Lunatic asylums Burma 1907-21 - 1907-1921
Year: 1907
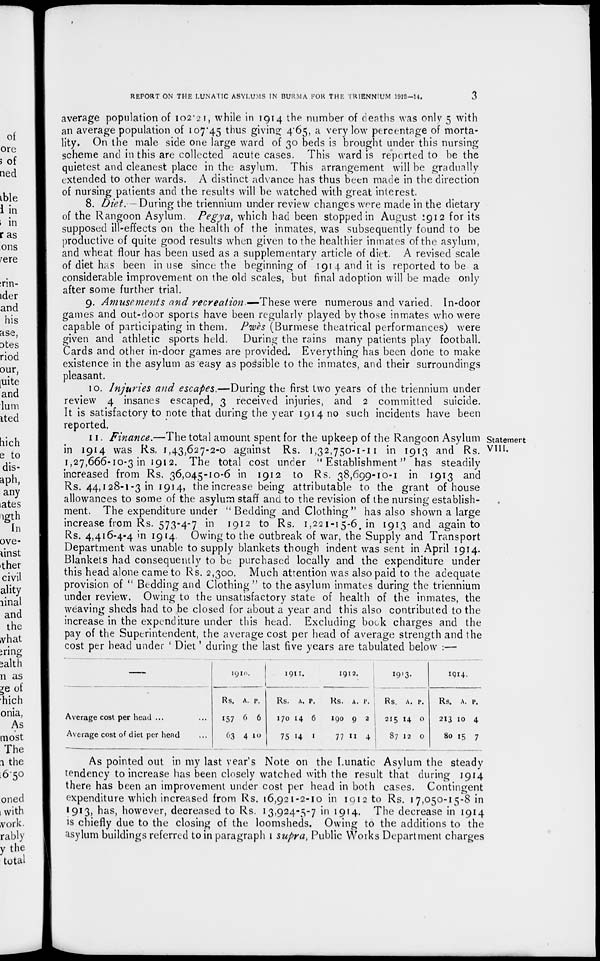
REPORT ON THE LUNATIC ASYLUMS IN BURMA FOR THE TRIENNIUM 1912-14.
3
average population of 102.21, while in 1914 the number of deaths was only 5 with
an average population of 107.45 thus giving 4.65, a very low percentage of morta-
lity. On the male side one large ward of 30 beds is brought under this nursing
scheme and in this are collected acute cases. This ward is reported to be the
quietest and cleanest place in the asylum. This arrangement will be gradually
extended to other wards. A distinct advance has thus been made in the direction
of nursing patients and the results will be watched with great interest.
8. Diet. — During the triennium under review changes were made in the dietary
of the Rangoon Asylum. Pegya, which had been stopped in August 1912 for its
supposed ill-effects on the health of the inmates, was subsequently found to be
productive of quite good results when given to the healthier inmates of the asylum,
and wheat flour has been used as a supplementary article of diet. A revised scale
of diet has been in use since the beginning of 1914 and it is reported to be a
considerable improvement on the old scales, but final adoption will be made only
after some further trial.
9. Amusements and recreation.—These were numerous and varied. In-door
games and out-door sports have been regularly played by those inmates who were
capable of participating in them. Pwès (Burmese theatrical performances) were
given and athletic sports held. During the rains many patients play football.
Cards and other in-door games are provided. Everything has been done to make
existence in the asylum as easy as possible to the inmates, and their surroundings
pleasant.
10. Injuries and escapes.—During the first two years of the triennium under
review 4 insanes escaped, 3 received injuries, and 2 committed suicide.
It is satisfactory to note that during the year 1914 no such incidents have been
reported.
Statement
VIII.
11. Finance.— The total amount spent for the upkeep of the Rangoon Asylum
in 1914 was Rs. 1,43,627-2-0 against Rs. 1,32,750-1-11 in 1913 and Rs.
1,27,666-10-3 in 1912. The total cost under " Establishment" has steadily
increased from Rs. 36,045-10-6 in 1912 to Rs. 38,699-10-1 in 1913 and
Rs. 44,128-1-3 in 1914, the increase being attributable to the grant of house
allowances to some of the asylum staff and to the revision of the nursing establish-
ment. The expenditure under "Bedding and Clothing " has also shown a large
increase from Rs. 573-4-7 in 1912 to Rs. 1,221-15-6 in 1913 and again to
Rs. 4,416-4-4 in 1914. Owing to the outbreak of war, the Supply and Transport
Department was unable to supply blankets though indent was sent in April 1914.
Blankets had consequently to be purchased locally and the expenditure under
this head alone came to Rs. 2,300. Much attention was also paid to the adequate
provision of " Bedding and Clothing" to the asylum inmates during the triennium
under review. Owing to the unsatisfactory state of health of the inmates, the
weaving sheds had to be closed for about a year and this also contributed to the
increase in the expenditure under this head. Excluding book charges and the
pay of the Superintendent, the average cost per head of average strength and the
cost per head under ' Diet ' during the last five years are tabulated below :—
—
Average cost per head ...
Average cost of diet per head
1910.
Rs.
157
63
A.
6
4
P.
6
10
1911.
Rs.
170
75
A.
14
14
P.
6
1
1912.
Rs.
190
77
A.
9
II
P.
2
4
1913.
Rs.
215
87
A.
14
12
P.
0
0
1914.
Rs.
213
80
A.
10
15
P.
4
7
As pointed out in my last year's Note on the Lunatic Asylum the steady
tendency to increase has been closely watched with the result that during 1914
there has been an improvement under cost per head in both cases. Contingent
expenditure which increased from Rs. 16,921-2-10 in 1912 to Rs. 17,050-15-8 in
1913, has, however, decreased to Rs. 13,924-5-7 in 1914. The decrease in 1914
is chiefly due to the closing of the loomsheds. Owing to the additions to the
asylum buildings referred to in paragraph 1 supra, Public Works Department charges